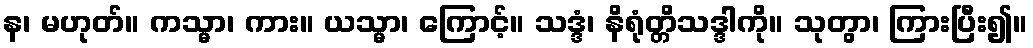
န၊ မဟုတ်။ ကသ္မာ၊ ကား။ ယသ္မာ၊ ကြောင့်။ သဒ္ဒံ၊ နိရုံတ္တိသဒ္ဒါကို။ သုတွာ၊ ကြားပြီး၍။